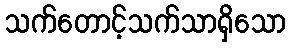
သက်တောင့်သက်သာရှိသော